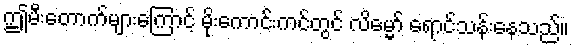
ဤမီးတောက်များကြောင့် မိုးကောင်းကင်တွင် လိမ္မော် ရောင်သန်းနေသည်။